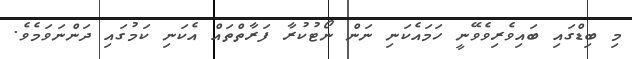
މި ބިޑްގައި ބައިވެރިވެވޭނީ ހަމައެކަނި ނަން ނޯޓުކުރާ ފަރާތްތައް އެކަނި ކަމުގައި ދަންނަވަމެވެ.